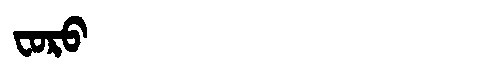
Manchu: ᠸᠣᡵᠣ
Romanization: FORO